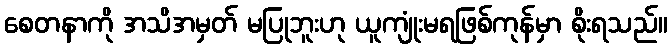
စေတနာကို အသိအမှတ် မပြုဘူးဟု ယူကျုံးမရဖြစ်ကုန်မှာ စိုးရသည်။